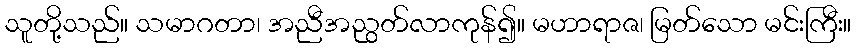
သူတို့သည်။ သမာဂတာ၊ အညီအညွတ်လာကုန်၍။ မဟာရာဇ၊ မြတ်သော မင်းကြီး။